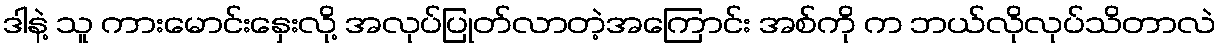
ဒါနဲ့ သူ ကားမောင်းနှေးလို့ အလုပ်ပြုတ်လာတဲ့အကြောင်း အစ်ကို က ဘယ်လိုလုပ်သိတာလဲ